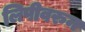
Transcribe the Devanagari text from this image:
लिपीवरुन